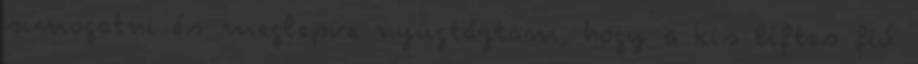
simogatni és meglepve nyugtáztam, hogy a kis liftes fiú